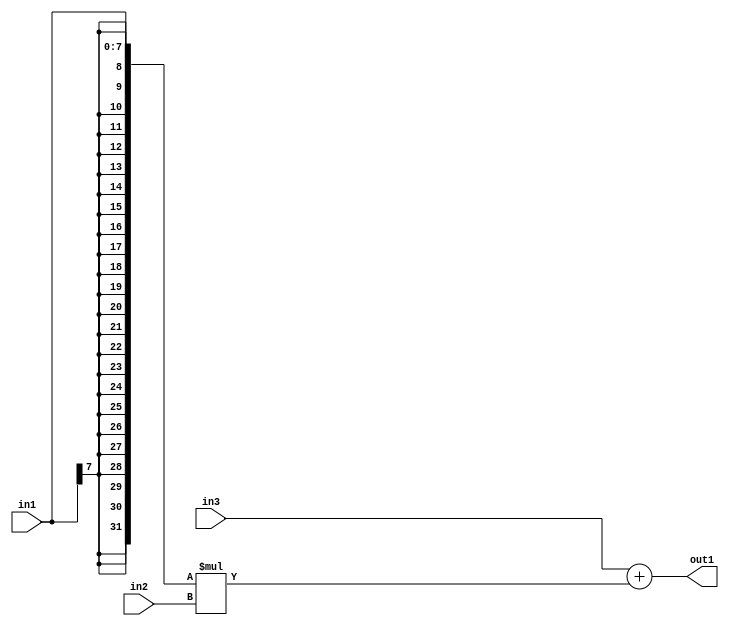
`timescale 1ps / 1ps
/*****************************************************************************
    Verilog RTL Description
    
    Generated at: 10:14:16 CST (+0800), Sunday 17 November 2019
    Generated on: ic58.cs.nthu.edu.tw
    Generated by: mc03 ()
    
    Created by: Stratus DpOpt 2017.1.02 
    Copyright (c) 2014-2015 Cadence Design Systems. All rights reserved worldwide.
    
    Cadence Design Systems proprietary and confidential
    ===================================================
    
    May contain information that incorporates Cadence Design Systems CellMath
    and other inventions claimed in Pending U.S. Patents.
    
    May contain Cadence Design Systems Trade Secrets of which use, disclosure or
    reproduction is contractually restricted or prohibited.  For more
    information, contact your legal department before any use, disclosure or
    reproduction.
*******************************************************************************/

module SobelFilter_Add2Mul2s8u8s32_4 (
	in3,
	in2,
	in1,
	out1
	); /* architecture "behavioural" */ 
input [31:0] in3;
input [7:0] in2,
	in1;
output [31:0] out1;
wire [31:0] asc001;

wire [31:0] asc001_tmp_0;
assign asc001_tmp_0 = 
	+(in3);
assign asc001 = asc001_tmp_0
	+({{24{in1[7]}}, in1} * in2);

assign out1 = asc001;
endmodule

/* CADENCE  uLH5TAw= : u9/ySgnYtBlWxVDRUQkU4ug= ** DO NOT EDIT THIS LINE ******/